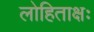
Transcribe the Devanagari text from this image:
लोहिताक्षः